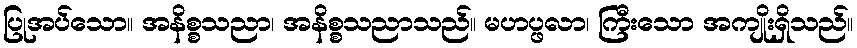
ပြုအပ်သော။ အနိစ္စသညာ၊ အနိစ္စသညာသည်။ မဟပ္ဖလာ၊ ကြီးသော အကျိုးရှိသည်။